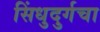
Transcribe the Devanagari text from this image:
सिंधुदुर्गचा